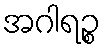
အဂါရဉ္စ